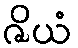
ဇိယံ